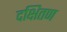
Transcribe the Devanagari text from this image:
दक्षितण